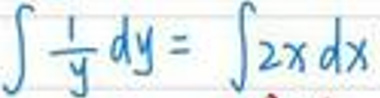
\(\int \frac{1}{y}dy = \int 2x dx\)